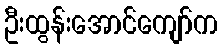
ဦးထွန်းအောင်ကျော်က